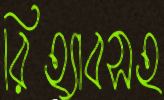
রিহ্যাবসহ